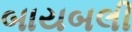
બાયબલી